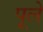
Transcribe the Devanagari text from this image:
पूले